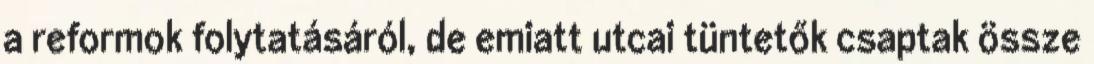
a reformok folytatásáról, de emiatt utcai tüntetők csaptak össze